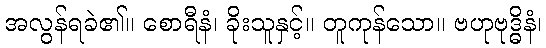
အလွန်ရခဲ၏။ စောရီနံ၊ ခိုးသူနှင့်။ တူကုန်သော။ ဗဟုဗုဒ္ဓိနံ၊